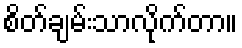
စိတ်ချမ်းသာလိုက်တာ။